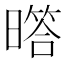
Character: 𱢩